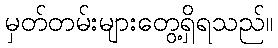
မှတ်တမ်းများတွေ့ရှိရသည်။